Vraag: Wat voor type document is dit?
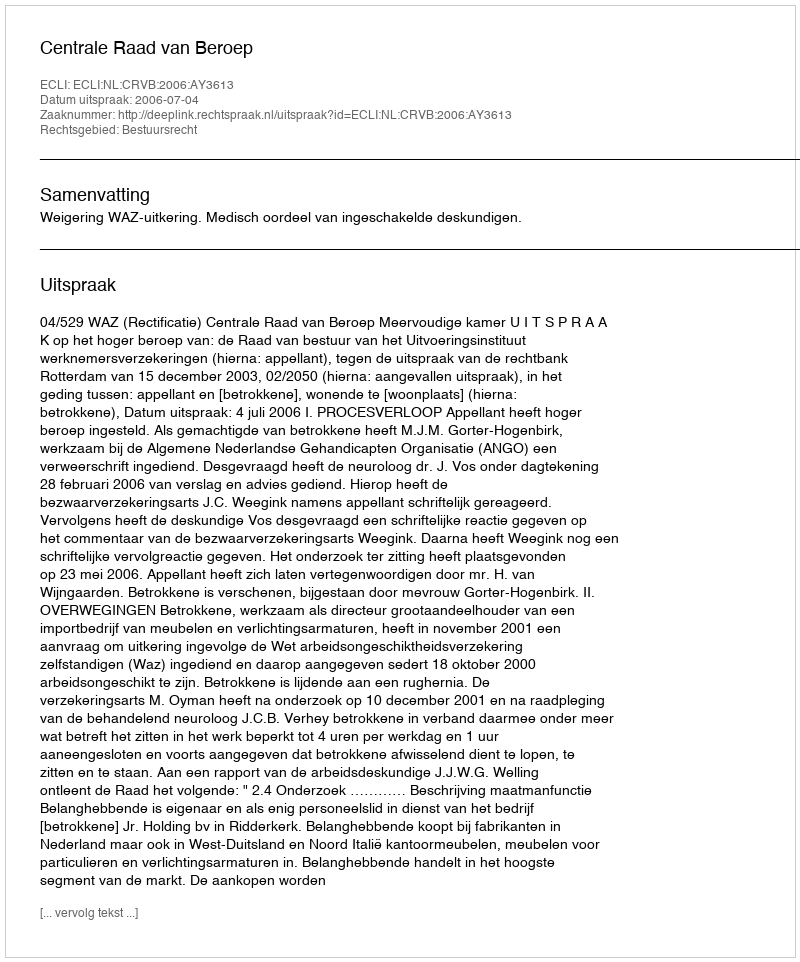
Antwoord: Uitspraak